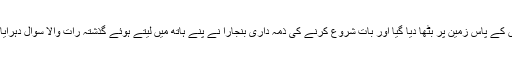
مجھے لے جاکر ان کے جوتوں کے پاس زمین پر بٹھا دیا گیا اور بات شروع کرنے کی ذمہ داری بنجارا نے پنے ہاتھ میں لیتے ہوئے گذشتہ رات والا سوال دہرایا کہ ’حیدرآباد سے کون آیا تھا؟